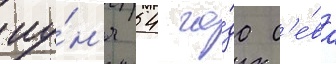
иу́н'я 54 го́да с'е́ва